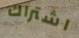
اشتراك